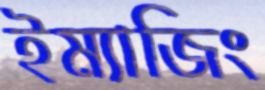
ইম্যাজিং